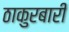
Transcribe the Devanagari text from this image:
ठाकुरबारी